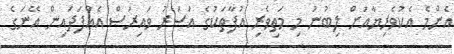
އެންމެ އެކުވެރިޔާއަށް ލިބުނު މި މަތިވެރި އުފާތަކުގެ އަސަރު ވައިރަސް އެއްފަދައިން އޭނަގެ